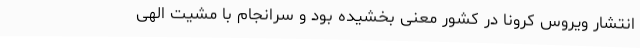
انتشار ویروس کرونا در کشور معنی بخشیده بود و سرانجام با مشیت الهی